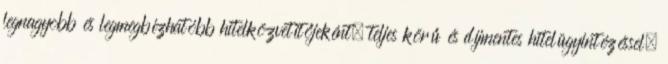
legnagyobb és legmegbízhatóbb hitelközvetítőjeként, teljes körű és díjmentes hitelügyintézéssel,